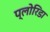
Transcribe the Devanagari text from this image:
प्लोरिडा